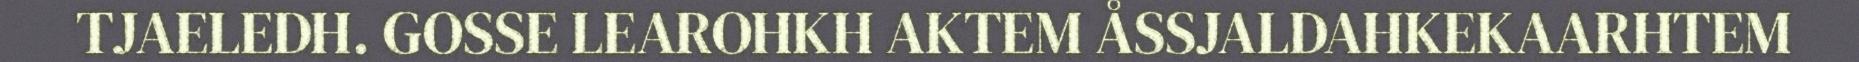
TJAELEDH. GOSSE LEAROHKH AKTEM ÅSSJALDAHKEKAARHTEM